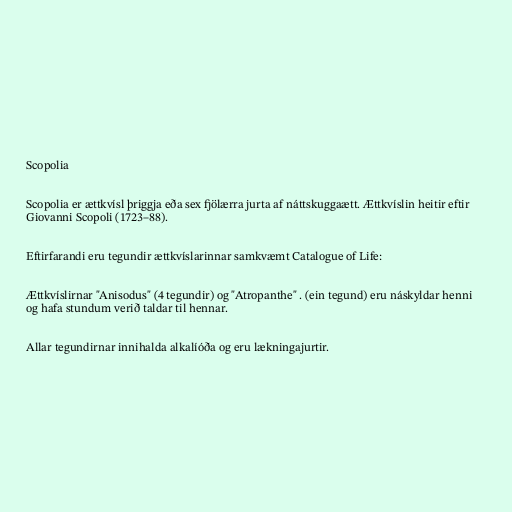
Scopolia

Scopolia er ættkvísl þriggja eða sex fjölærra jurta af náttskuggaætt. Ættkvíslin heitir eftir
Giovanni Scopoli (1723–88).

Eftirfarandi eru tegundir ættkvíslarinnar samkvæmt Catalogue of Life:

Ættkvíslirnar "Anisodus" (4 tegundir) og "Atropanthe" . (ein tegund) eru náskyldar henni
og hafa stundum verið taldar til hennar.

Allar tegundirnar innihalda alkalíóða og eru lækningajurtir.